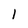
Character: I